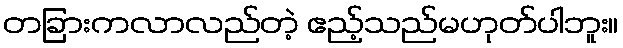
တခြားကလာလည်တဲ့ ဧည့်သည်မဟုတ်ပါဘူး။